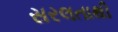
સરલતાથી